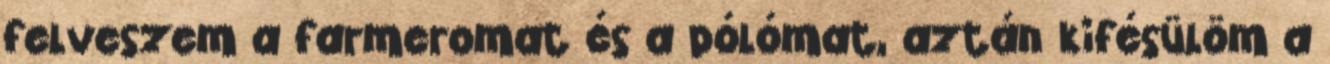
felveszem a farmeromat és a pólómat, aztán kifésülöm a